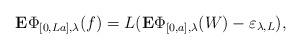
LaTeX: \begin{align*}\mathbf{E}\Phi_{[0,La],\lambda}(f)=L(\mathbf{E}\Phi_{[0,a],\lambda}(W)-\varepsilon_{\lambda,L}),\end{align*}